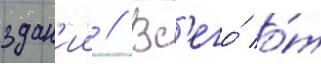
здан'ии // Вс'его́ о́т